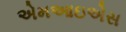
એમઆઇએસ